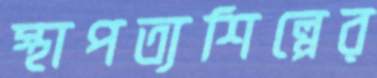
স্থাপত্যশিল্পের